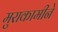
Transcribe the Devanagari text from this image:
मुराकामीने